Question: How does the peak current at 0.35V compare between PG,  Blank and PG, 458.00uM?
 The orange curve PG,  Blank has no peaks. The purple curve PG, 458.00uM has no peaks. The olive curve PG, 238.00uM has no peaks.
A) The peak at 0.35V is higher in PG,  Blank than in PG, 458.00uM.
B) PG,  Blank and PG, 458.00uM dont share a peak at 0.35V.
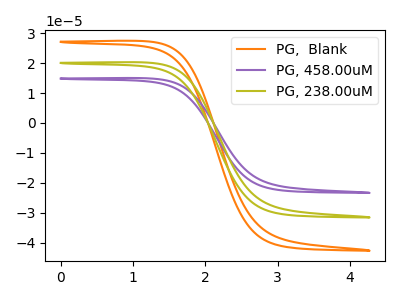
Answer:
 <answer>B) "PG,  Blank" and "PG, 458.00uM" dont share a peak at 0.35V.</answer>
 <eval>B</eval>